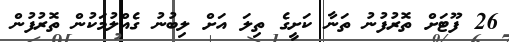
26 ފޫޓަށް ތޮރުފުނު ތަނާ ކަށީގެ ތިލަ އަށް ލިބުނު ގެއްލުމަކުން ތޮރުފުން